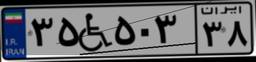
۳۵W۵۰۳۳۸